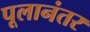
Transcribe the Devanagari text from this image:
पूलानंतर